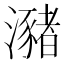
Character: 瀦